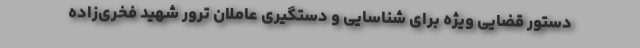
دستور قضایی ویژه برای شناسایی و دستگیری عاملان ترور شهید فخری‌زاده